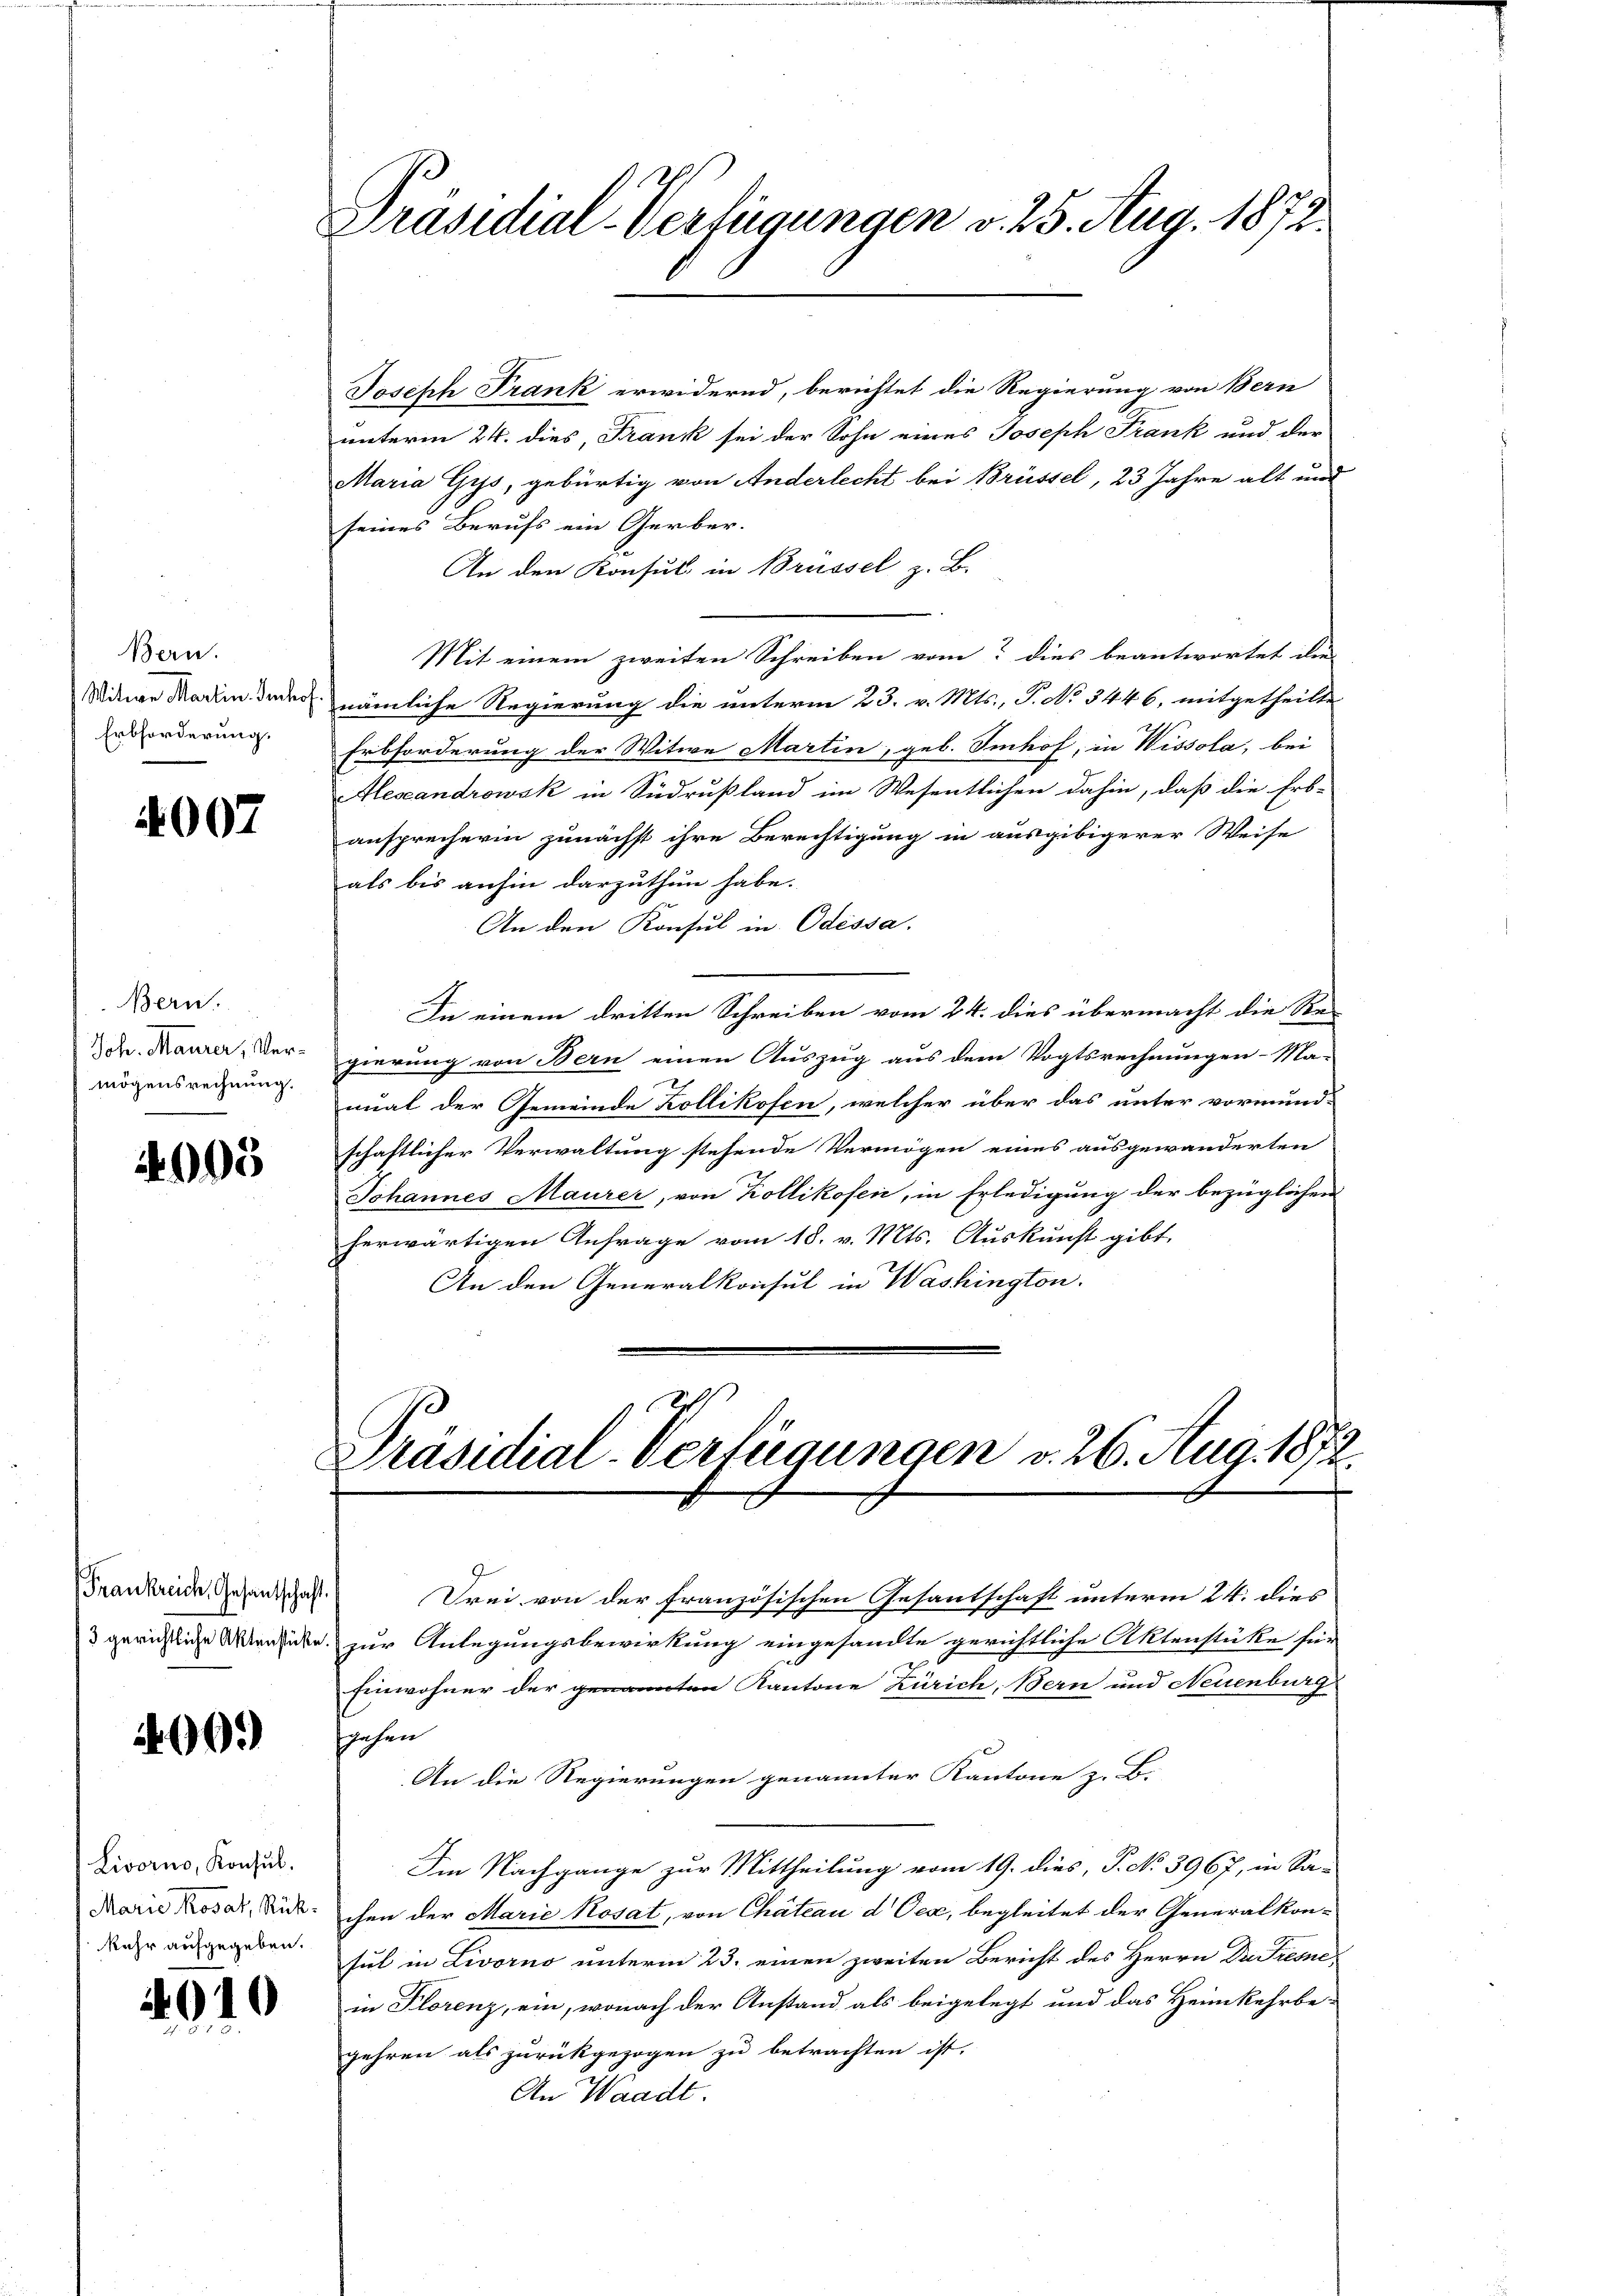
Bern.
Witwe Martin. Jenho
Erbforderung.

4007

Bern.
Joh. Maurer, Vermögensrechnung.

4003

Frankreich Gesantschaft.

29.

Livorno, Konsul
Marie Kosat, Rückkehr aufgegeben.

4010

Präsidial-Verfügungen v. 25. Aug. 1872.

Joseph Frank erwidernd, berichtet die Regierung von Bern
unterm 24. dies, Frank sei der Sohn eines Joseph Frank und der
Maria Gys, gebürtig von Anderlecht bei Brüssel, 23 Jahre alt und
seines Berufs ein Gerber.
An den Konsul in Brüssel z. B.
Mit einem zweiten Schreiben vom dies beantwortet die
nämliche Regierung die unterm 23. v. Mts., P. No 3446, mitgetheilte
Erbforderung der Witwe Martin, geb. Imhof, in Wissola, bei
Alexandrowsk in Südrußland im Wesentlichen dahin, daß die Erb-
ansprecherin zunächst ihre Berechtigung in ausgibigerer Weise
als bis anhin darzuthun habe.
An den Konsul in Odessa.
In einem dritten Schreiben vom 24. dies übermacht die Re-
gierung von Bern einen Auszeig aus dem Vogtsrechnungen-Ma-
mmal der Gemeinde Kollikofen, welcher über das unter vormund-
schaftlicher Verwaltung stehende Vermögen eines ausgewanderten
Johannes Maurer, von Kollikofen, in Erledigung der bezüglichen
herwärtigen Anfrage vom 18. v. Mts. Auskunft gibt,
An den Generalkonsul in Washington.
des
Präsidial-Verfügungen v. 26. Aug. 1872.
Frei von der französischen Gesantschaft unterm 24. dies
3 gerichtliche Versuche zur Anlegungsbewirkung eingesandte gerichtliche Aktenstüke für
Einwohner der genannten Kantone Zürich, Bern und Neuenburg
gehen
An die Regierungen genannter Kantone z. B.
Im Nachgange zur Mittheilung vom 19. dies, P. No. 3967, in Sa-
chen der Marie Kosat, von Chateau d Oex, begleitet der Generalkonsul in Livorno unterm 23. einen zweiten Bericht des Herrn Dr. Dresne
in Florenz, ein, wonach der Anstand als beigelegt und das Heimkehrbe
gehren als zurückgezogen zu betrachten ist.
An Waadt.